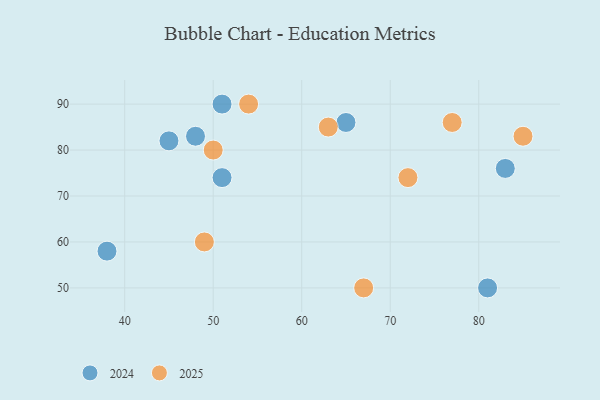
{"axis": {"x": "GDP", "y": "Life Expectancy"}, "legend": ["2024", "2025"], "data": [{"x": "54", "y": 90, "type": "2025"}, {"x": "72", "y": 74, "type": "2025"}, {"x": "50", "y": 80, "type": "2025"}, {"x": "67", "y": 50, "type": "2025"}, {"x": "85", "y": 83, "type": "2025"}, {"x": "77", "y": 86, "type": "2025"}, {"x": "63", "y": 85, "type": "2025"}, {"x": "49", "y": 60, "type": "2025"}, {"x": "65", "y": 86, "type": "2024"}, {"x": "45", "y": 82, "type": "2024"}, {"x": "51", "y": 90, "type": "2024"}, {"x": "83", "y": 76, "type": "2024"}, {"x": "81", "y": 50, "type": "2024"}, {"x": "38", "y": 58, "type": "2024"}, {"x": "51", "y": 74, "type": "2024"}, {"x": "48", "y": 83, "type": "2024"}]}